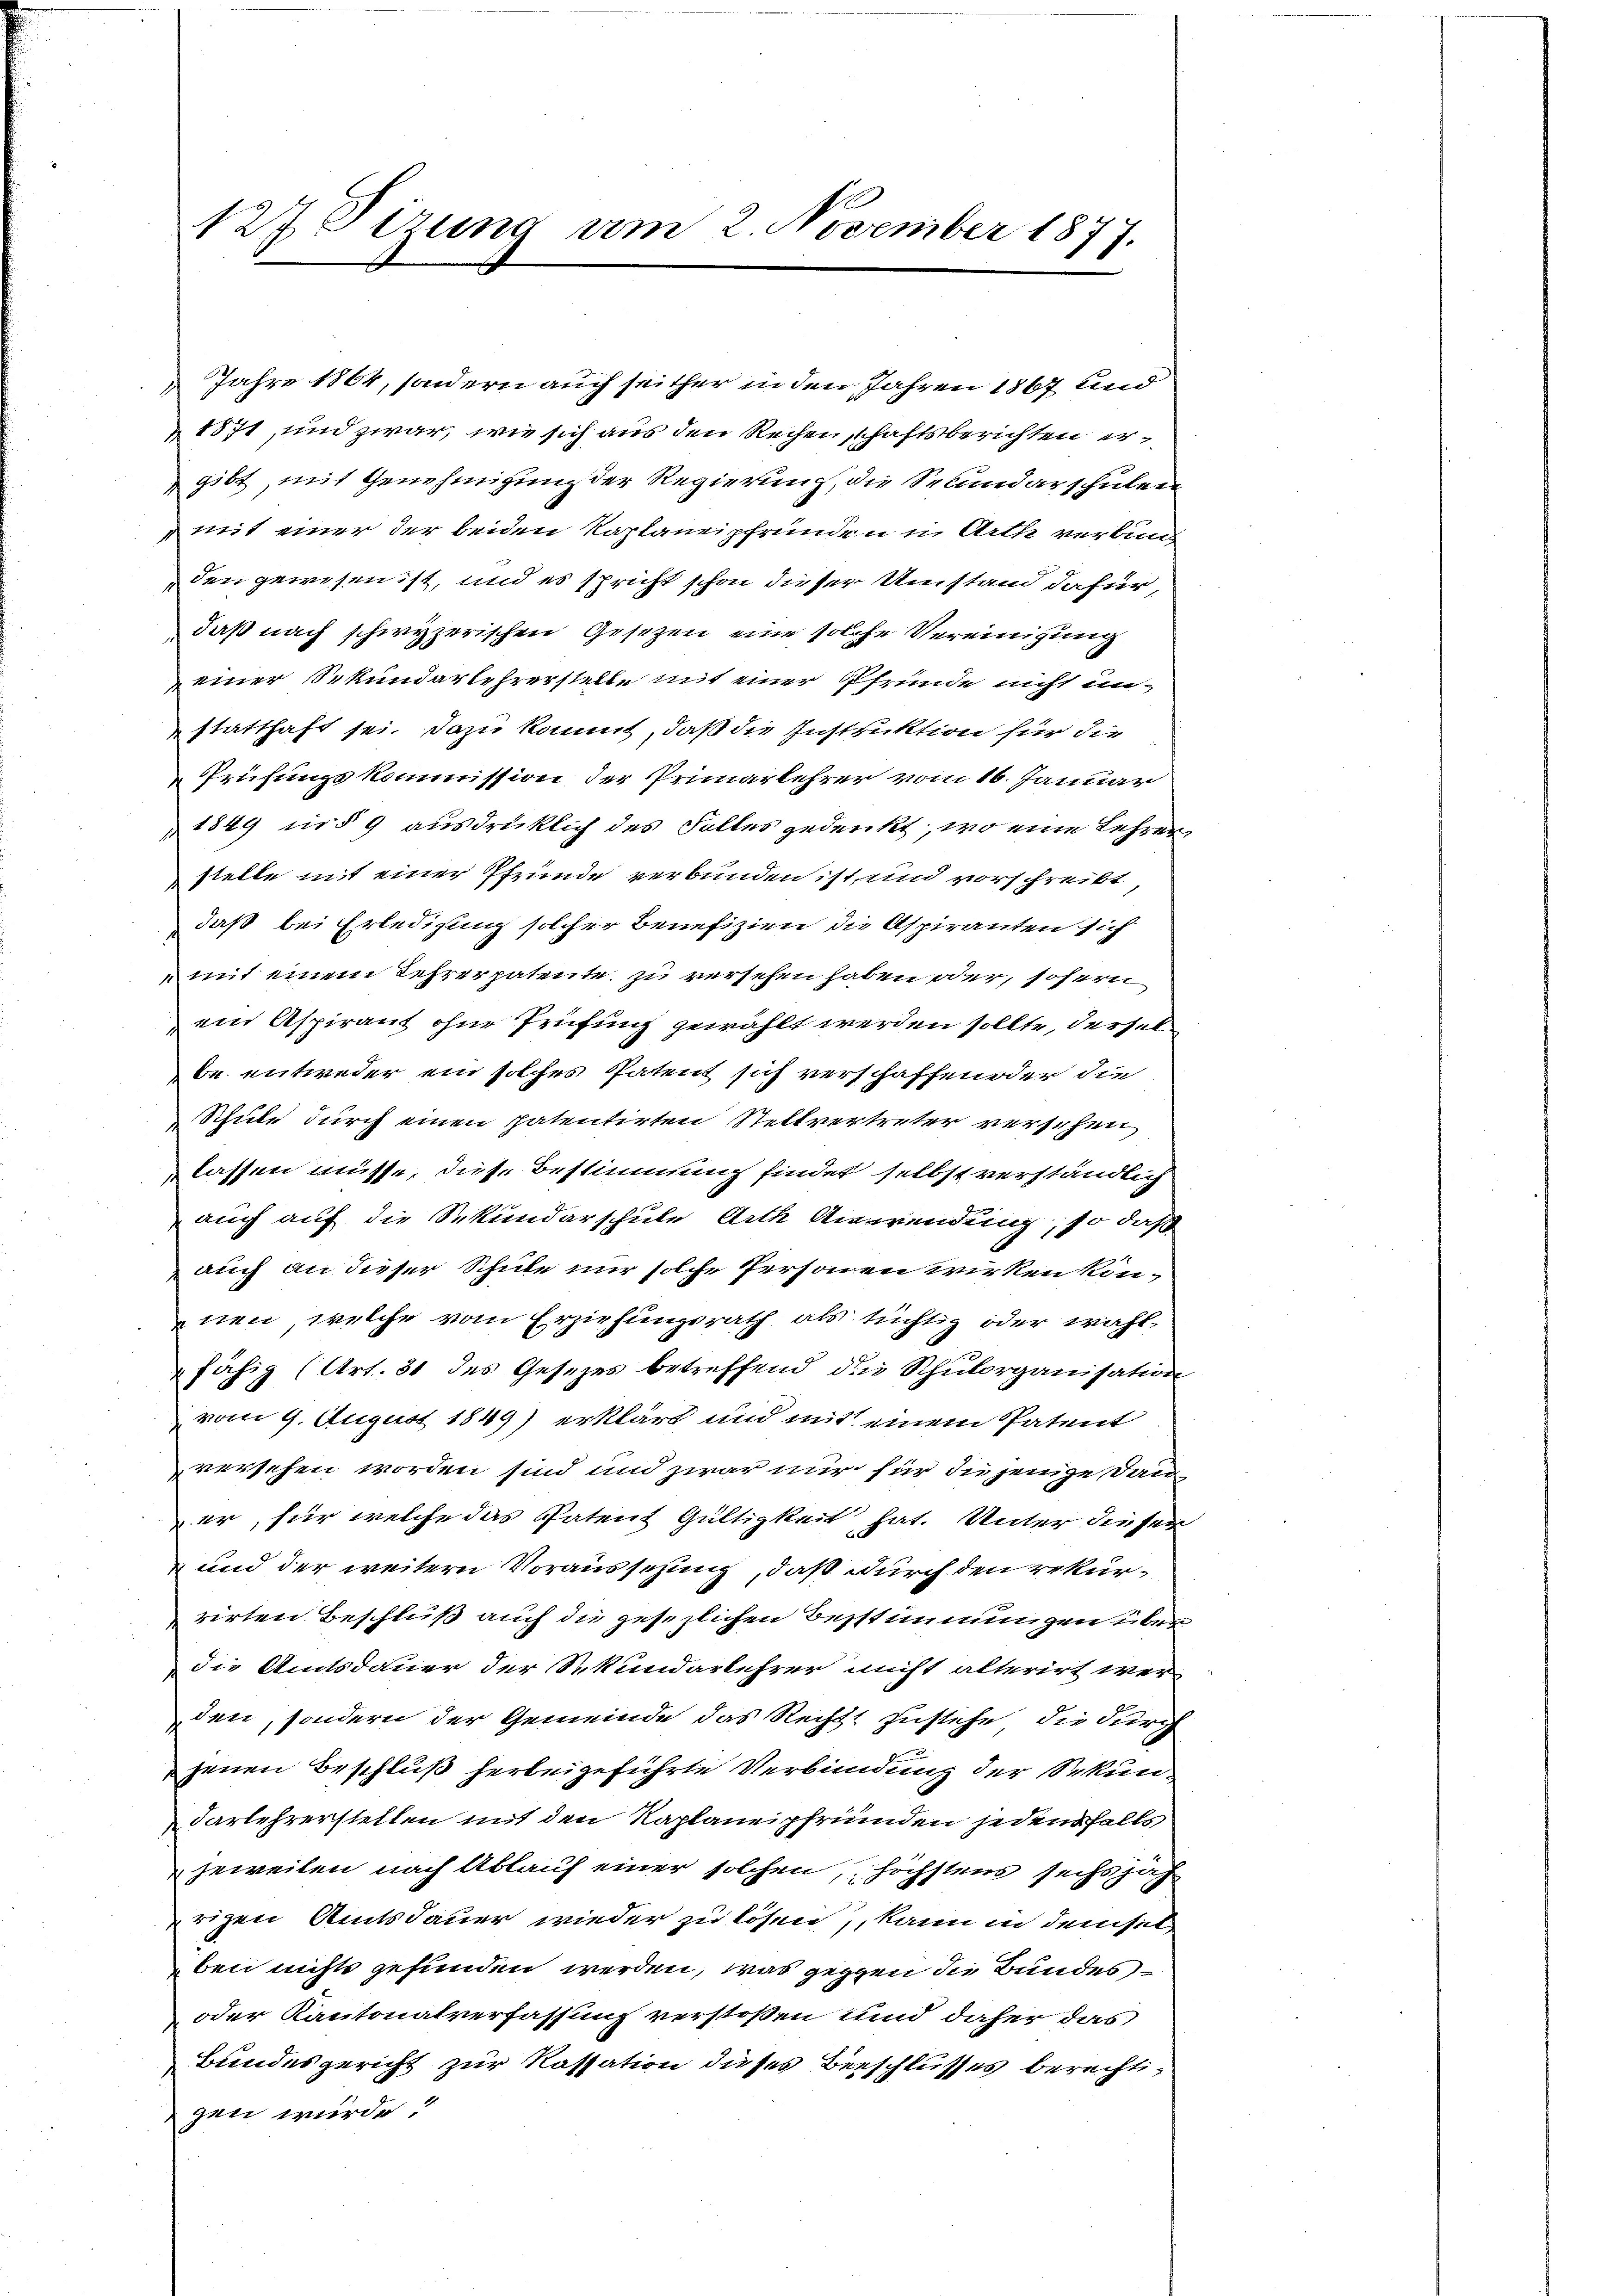
127 Sizung am 2. November 1877.

Jahre 1864, sondern auch seither in den Jahren 1867 und
h
1871, und zwar, wie sich aus den Rechenschaftsberichten er¬
& gibt, mit Genehmigung der Regierung, die Sekundarschulen
mit einer der beiden Kaplaneipfrunden u. Arth verbunden gewesen ist, und es spricht schon dieser Umstand dafür,
daß nach schwyzerischen Gesezen eine solche Vereinigung
einer Sekundarlehrerstelle mit einer Pfrunde nicht unstatthaft sei. Dazu kommt, daß die Instruktion für die
Prüfungskommission der Primarlehrer vom 16. Januar
1849 in § 9 ausdrücklich des Falles gedenkt, wo eine Lehren,
stelle mit einer Pfründe verbunden ist, und vorschreibt
daß bei Erledigung solcher Benefizien die Aspiranten sich
mit einem Lehrerpatente zu versehen haben oder, sofern
ein Aspirant ohne Prüfung gewählt werden sollte, derselbe entweder ein solches Patent sich verschaffender die
Schule durch einen patentirten Stellvertreter verschen
lassen müsse, diese Bestimmung findet selbst verständlich
auch auf die Sekundarschule Arth Anwendung, so daß
auch an dieser Schule nur solche Personen wirken können, welche vom Erziehungsrath als tüchtig oder wählfähig (Art. 31 des Gesezes betreffend die Schulorganisation
vom 9. August 1849) erklärt und mit einem Patent
versehen worden sind und zwar nur für diejenige Dauer, für welche das Patent Gültigkeit hat. Unter dieser
 und der weitern Voraussezung, daß durch den rekurrirten Beschluß auch die gesezlichen Bestimmungen über
die Amtsdauer der Sekundarlehrer nicht alterirt wer
den, sondern der Gemeinde das Rechts zustehe, die durch
t
jenen Beschluß herbeigeführte Verbindung der Sekun¬
Darlehrerstellen mit den Kaplaneipfründen jedenshalts
jeweilen nach Ablauf einer solchen, höchstens sechsjahr
prigen Amtsdauer wieder zu lösen, kann in demsel
ben nichts gefunden werden, was gegen die Bundes¬
oder Kantonalverfassung verstoßen und daher das
Bundesgericht zur Kassation dieses Beeschlusses berechtig
gen wurde